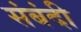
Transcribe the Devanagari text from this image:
संबंदी